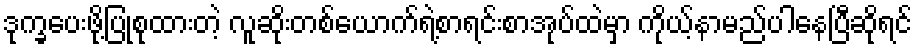
ဒုက္ခပေးဖို့ပြုစုထားတဲ့ လူဆိုးတစ်ယောက်ရဲ့စာရင်းစာအုပ်ထဲမှာ ကိုယ့်နာမည်ပါနေပြီဆိုရင်